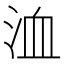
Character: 洫